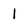
Character: I